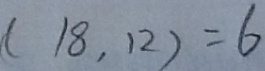
( 1 8 , 1 2 ) = 6